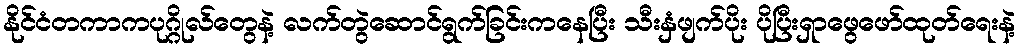
နိုင်ငံတကာကပုဂ္ဂိုလ်တွေနဲ့ လက်တွဲဆောင်ရွက်ခြင်းကနေပြီး သီးနှံဖျက်ပိုး ပိုပြီးရှာဖွေဖော်ထုတ်ရေးနဲ့